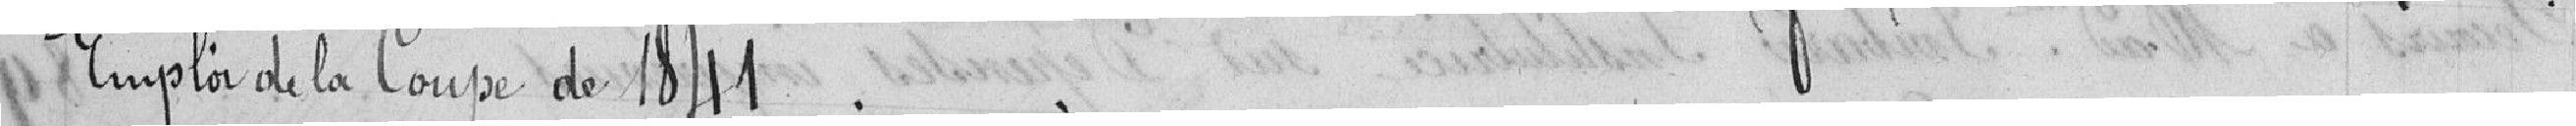
Emploi de la Coupe de 1841